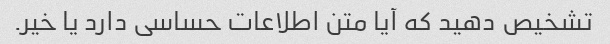
تشخیص دهید که آیا متن اطلاعات حساسی دارد یا خیر.